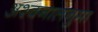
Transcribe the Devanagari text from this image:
अश्वनालनुमा